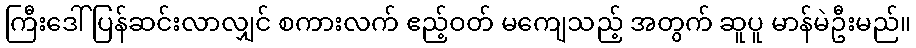
ကြီးဒေါ် ပြန်ဆင်းလာလျှင် စကားလက် ဧည့်ဝတ် မကျေသည့် အတွက် ဆူပူ မာန်မဲဦးမည်။